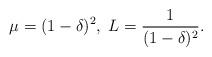
LaTeX: \begin{align*}\mu = (1-\delta)^2, \; L = \frac{1}{(1-\delta)^2}.\end{align*}